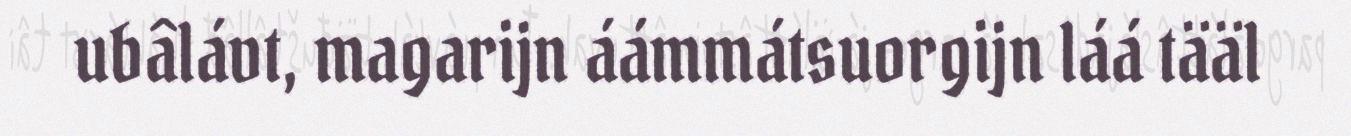
ubâlávt, magarijn áámmátsuorgijn láá tääl